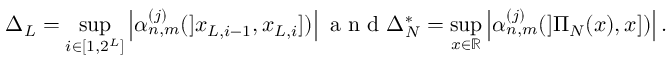
\Delta _ { L } = \underset { i \in [ 1 , 2 ^ { L } ] } { \operatorname* { s u p } } \left| \alpha _ { n , m } ^ { ( j ) } ( ] x _ { L , i - 1 } , x _ { L , i } ] ) \right| \textrm { a n d } \Delta _ { N } ^ { * } = \underset { x \in \mathbb { R } } { \operatorname* { s u p } } \left| \alpha _ { n , m } ^ { ( j ) } ( ] \Pi _ { N } ( x ) , x ] ) \right| .